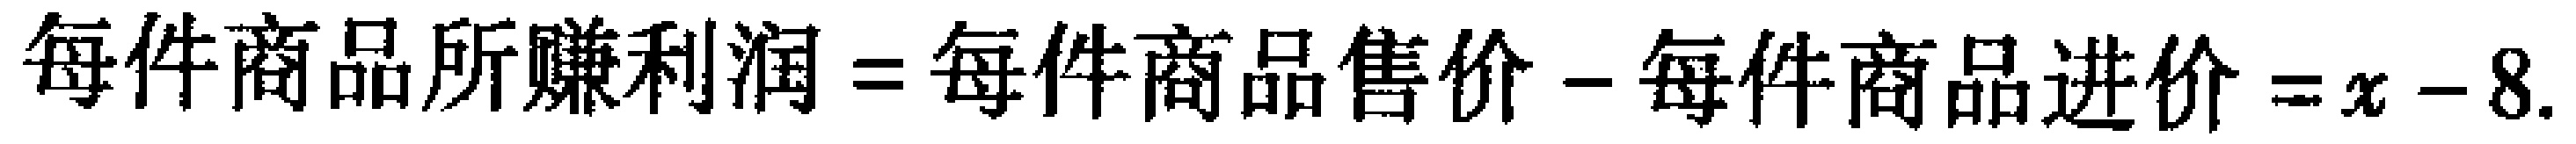
每件商品所赚利润=每件商品售价-每件商品进价=$x - 8$.